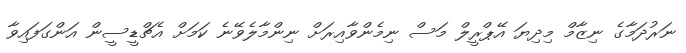
ނަރުދަމާގެ ނިޒާމް މިދިޔަ އޭޕްރީލް މަސް ނިމެންވާއިރަށް ނިންމާލެވޭނެ ކަމަށް އެޗްޑީސީން އަންގަފައިވާ